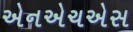
એનએચએસ